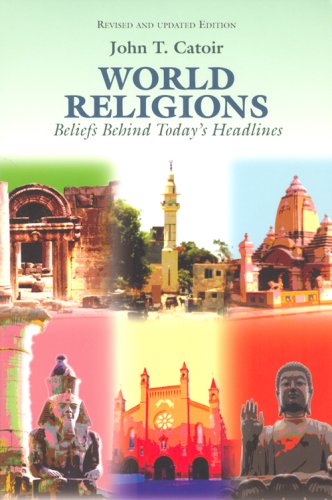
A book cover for World Religions: Beliefs Behind Today's Headlines: Buddhism, Christianity, Confucianism, Hinduism, Islam, Shintoism, Taoism; John T. Catoir; Religion & Spirituality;